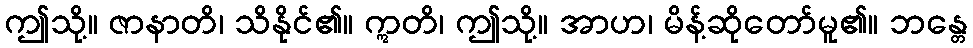
ဤသို့။ ဇာနာတိ၊ သိနိုင်၏။ ဣတိ၊ ဤသို့။ အာဟ၊ မိန့်ဆိုတော်မူ၏။ ဘန္တေ